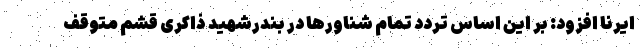
ایرنا افزود: بر این اساس تردد تمام شناورها در بندرشهید ذاکری قشم متوقف